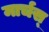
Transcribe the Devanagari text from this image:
मार्चस्